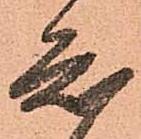
知